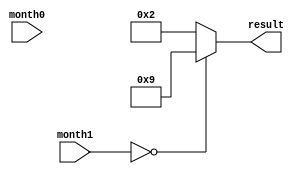
`timescale 1ns / 1ps
//////////////////////////////////////////////////////////////////////////////////
// Company: 
// Engineer: 
// 
// Design Name: 
// Module Name: selector4
// Project Name: 
// Target Devices: 
// Tool Versions: 
// Description: 
// 
// Dependencies: 
// 
// Revision:
// Revision 0.01 - File Created
// Additional Comments:
// 
//////////////////////////////////////////////////////////////////////////////////


module selector4(month1, month0, result);
    input [3:0] month1;
    input [3:0] month0;
    output [3:0] result;
    
    reg [3:0] result;
    
    always @* begin
        if(month1 == 4'd0)
            result = 4'd9;
        else
            result = 4'd2;
    end
    
endmodule